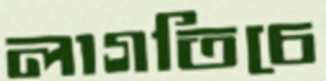
লাগতিচে